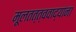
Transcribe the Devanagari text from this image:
मूलतत्त्ववाद्यांना